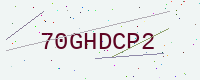
Text: 70GHDCP2